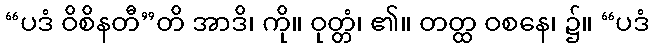
“ပဒံ ဝိစိနတီ”တိ အာဒိ၊ ကို။ ဝုတ္တံ၊ ၏။ တတ္ထ ဝစနေ၊ ၌။ “ပဒံ